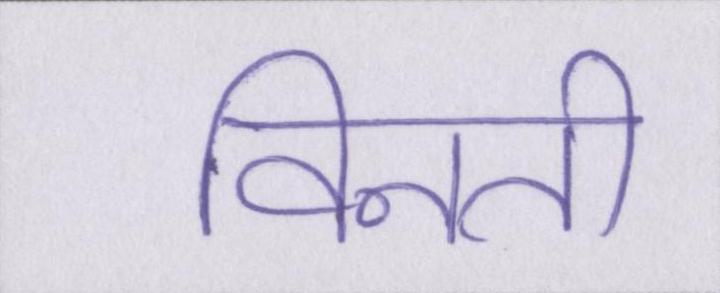
विनती